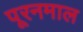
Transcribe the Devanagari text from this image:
पूरनमाल